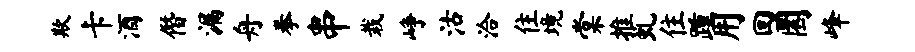
欺卡酒僭漏舟拳串栽峥沽洽住境棠推虬住踵用回圜峰